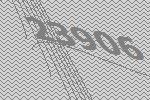
23906